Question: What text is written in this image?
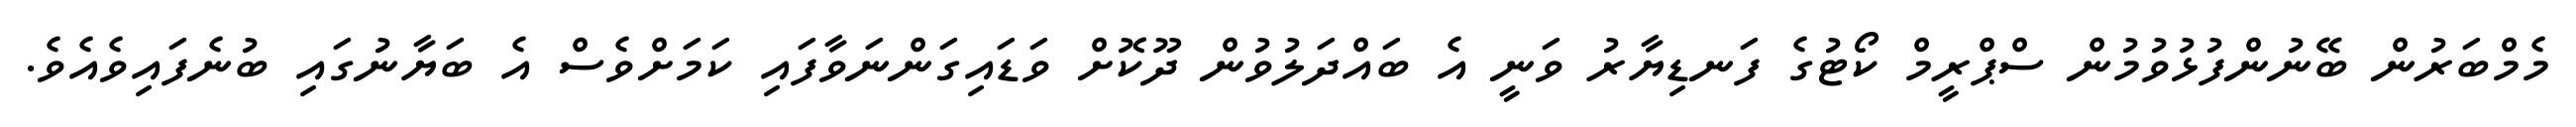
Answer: މެމްބަރުން ބޭނުންފުޅުވުމުން ސްޕްރީމް ކޯޓުގެ ފަނޑިޔާރު ވަނީ އެ ބައްދަލުވުން ދޫކޮށް ވަޑައިގަންނަވާފައި ކަމަށްވެސް އެ ބަޔާނުގައި ބުނެފައިވެއެވެ.